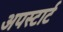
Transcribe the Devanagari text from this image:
अपस्टार्ट